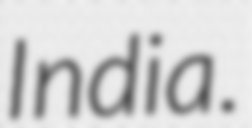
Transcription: India.